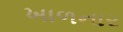
ખાળનાર